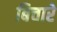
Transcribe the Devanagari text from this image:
बिचारे